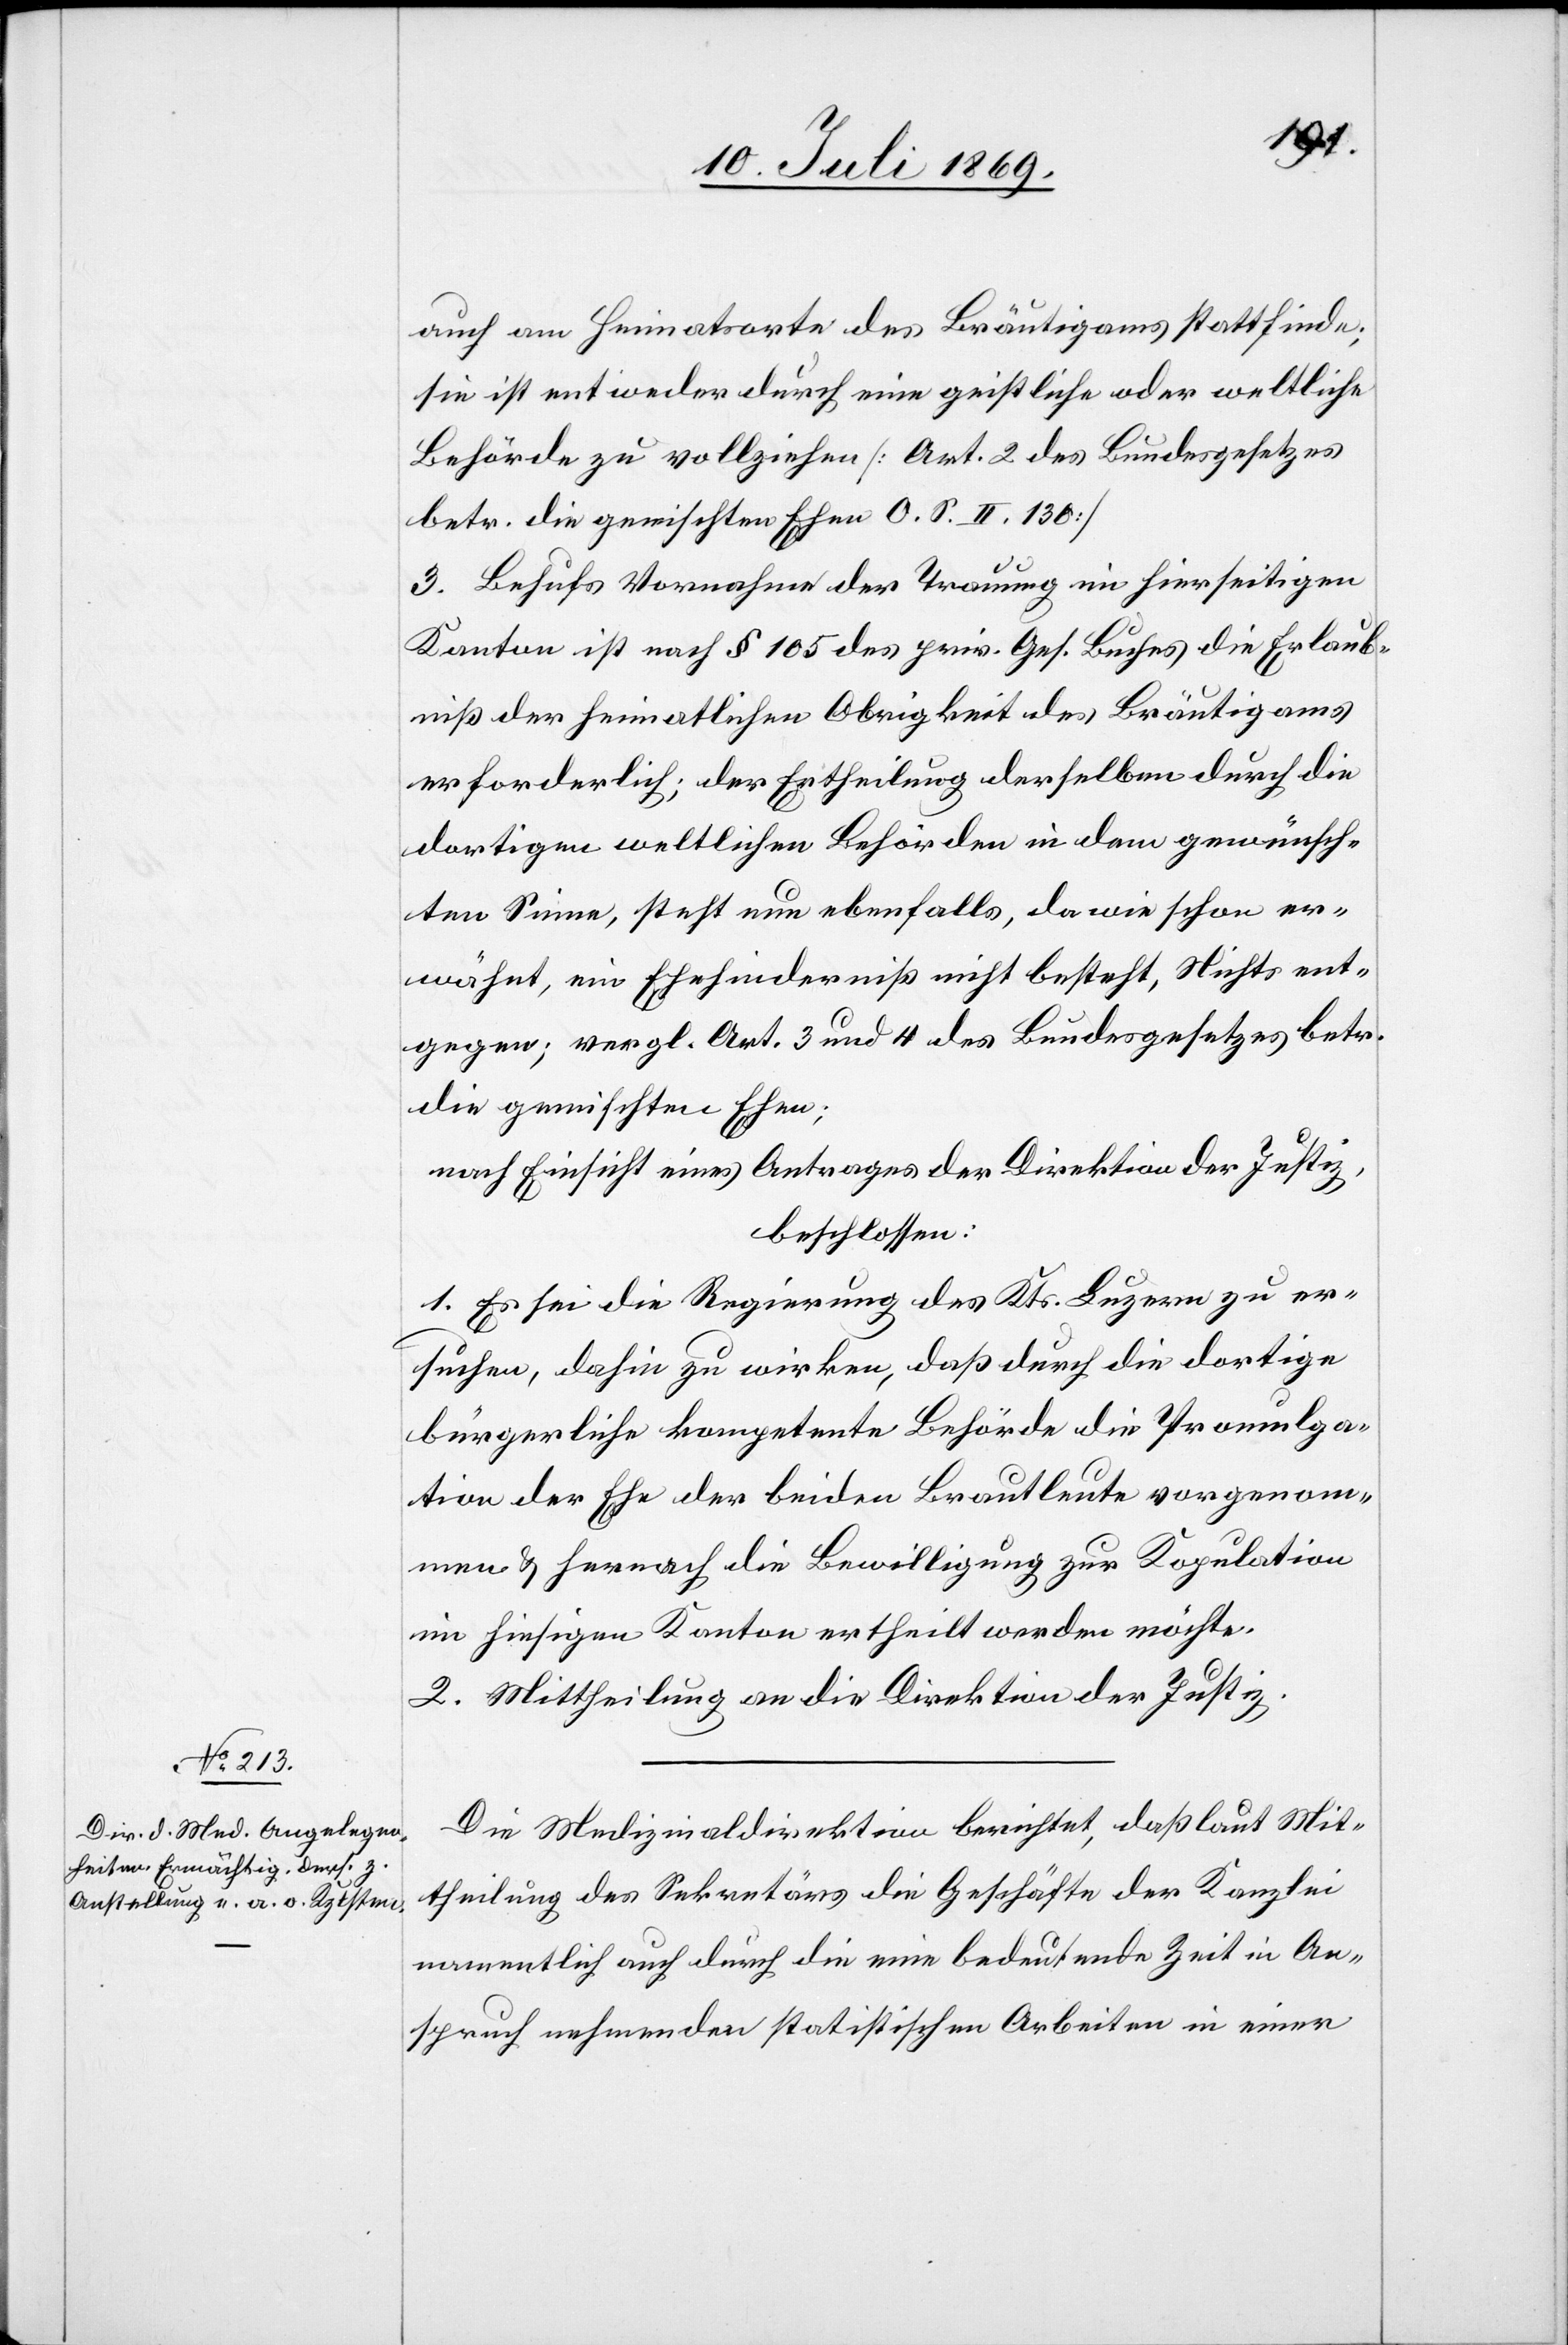
auch am Heimatorte des Bräutigams stattfinde;
sie ist entweder durch eine geistliche oder weltliche
Behörde zu vollziehen [Art. 2 des Bundesgesetzes
betr. die gemischten Ehen O. S. II. 130]
3. Behufs Vornahme der Trauung im hierseitigen
Kanton ist nach § 105 des priv. Ges. Buches die Erlaub¬
niß der heimatlichen Obrigkeit des Bräutigams
erforderlich; der Ertheilung derselben durch die
dortigen weltlichen Behörden in dem gewünsch¬
ten Sinne, steht nun ebenfalls, da wie schon er¬
wähnt, ein Ehehinderniß nicht besteht, Nichts ent¬
gegen, vergl. Art. 3 und 4 des Bundesgesetzes betr.
die gemischten Ehen;
nach Einsicht eines Antrages der Direktion der Justiz,
beschlossen:
1. Es sei die Regierung des Kts. Luzern zu er¬
suchen, dahin zu wirken, daß durch die dortige
bürgerliche kompetente Behörde die Promulga¬
tion der Ehe der beiden Brautleute vorgenom¬
men u. hernach die Bewilligung zur Kopulation
im hiesigen Kanton ertheilt werden möchte.
2. Mittheilung an die Direktion der Justiz.